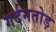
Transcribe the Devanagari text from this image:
गर्दनतोड़